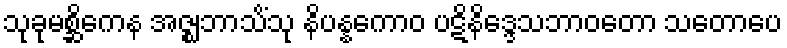
သုခုမစ္ဆိကေန အဇ္ဈဘာသိံသု နိပန္နကောဝ ပဋိနိဒ္ဒေသဘာဝတော သတောပေ